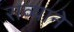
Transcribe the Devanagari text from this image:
राव्याने